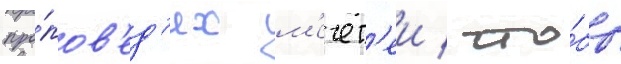
про́пов'ед'ях м'ечет'еи / что́бы